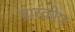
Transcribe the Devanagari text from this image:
चारकोप